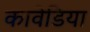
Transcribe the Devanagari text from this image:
कावेडिया